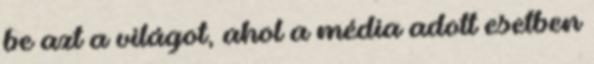
be azt a világot, ahol a média adott esetben